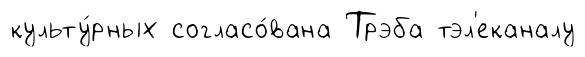
культу́рных согласо́вана Трэба тэл'еканалу